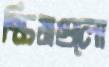
স্কিমগুলো